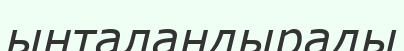
ынталандырады